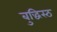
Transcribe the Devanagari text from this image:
बुद्धिस्ठ